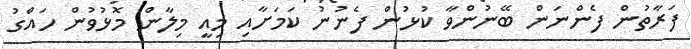
ފަރާތުން ފެންނަން ބޭނުންވާ ކުޅުން ފެނުނު ކަމަށާއި މިއީ މިލާން މޮޅުވުން ހައްގު